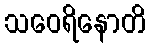
သဝေရိနောတိ